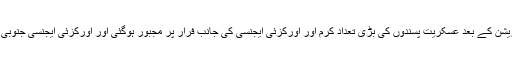
فوج کے مطابق جنوبی وزیستان میں آپریشن کے بعد عسکریت پسندوں کی بڑی تعداد کرم اور اورکزئی ایجنسی کی جانب فرار پر مجبور ہوگئی اور اورکزئی ایجنسی جنوبی وزیرستان آپریشن ہی کا ایک حصہ ہے۔